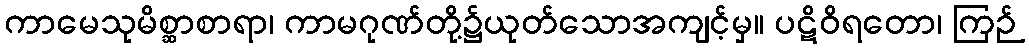
ကာမေသုမိစ္ဆာစာရာ၊ ကာမဂုဏ်တို့၌ယုတ်သောအကျင့်မှ။ ပဋိဝိရတော၊ ကြဉ်